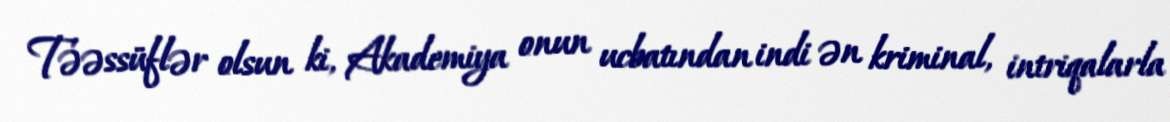
Təəssüflər olsun ki, Akademiya onun ucbatından indi ən kriminal, intriqalarla